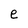
Character: e